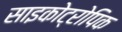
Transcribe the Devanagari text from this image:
साइकोट्रोपिक